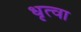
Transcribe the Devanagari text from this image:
धृत्वा